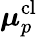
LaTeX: \boldsymbol{\mu}_{p}^{\textrm{cl}}